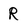
Character: R